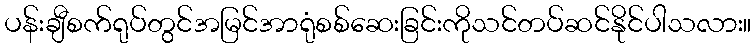
ပန်းချီစက်ရုပ်တွင်အမြင်အာရုံစစ်ဆေးခြင်းကိုသင်တပ်ဆင်နိုင်ပါသလား။